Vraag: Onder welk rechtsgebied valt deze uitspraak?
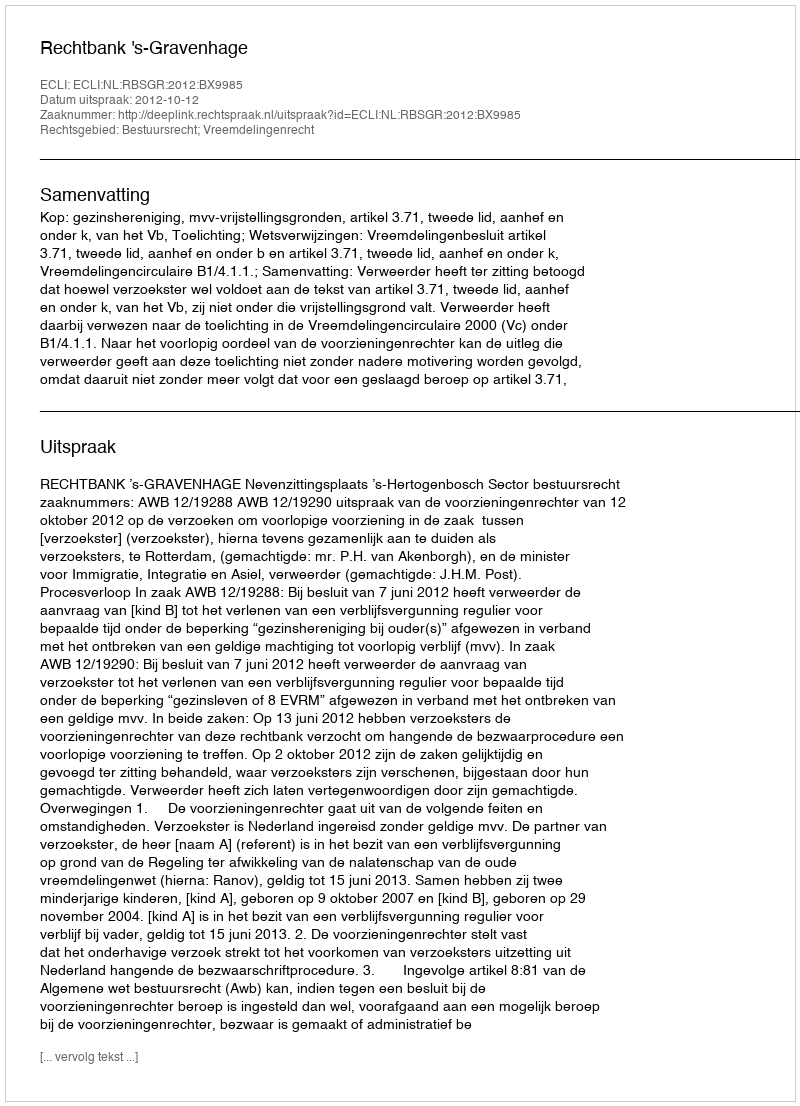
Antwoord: Bestuursrecht; Vreemdelingenrecht